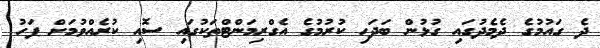
ދެ ގައުމުގެ ދެމެދުގައި ގުޅުން ބަދަހި ކުރުމުގެ އެގްރިމަންޓްތަކުގައި ސޮއި ކުރެއްވުމަށް ފަހު